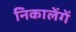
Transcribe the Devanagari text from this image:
निकालेंगें